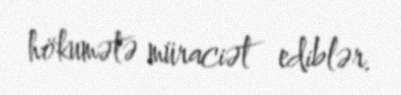
hökumətə müraciət ediblər.